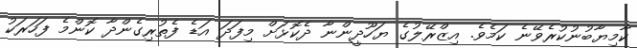
ކާމިޔާބުނުކުރެވޭނެ ކަމެވެ. އިޒްރޭލުގެ ޔަހޫދީންނާ ދެކޮޅަށް މިފަދަ އަޑެ ފެތުރިގެންދާ ކޮންމެ ފަހަރަކު